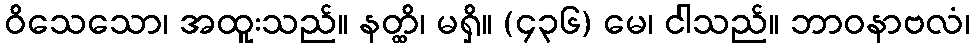
ဝိသေသော၊ အထူးသည်။ နတ္ထိ၊ မရှိ။ (၄၃၆) မေ၊ ငါသည်။ ဘာဝနာဗလံ၊